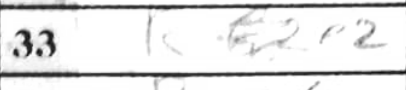
Transcription: Re2